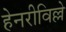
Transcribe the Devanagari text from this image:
हेनरीविल्ले